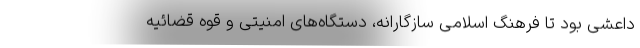
داعشی بود تا فرهنگ اسلامی سازگارانه، دستگاه‌های امنیتی و قوه قضائیه